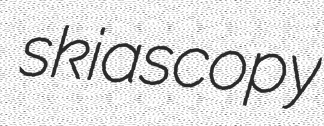
skiascopy